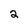
Character: 2